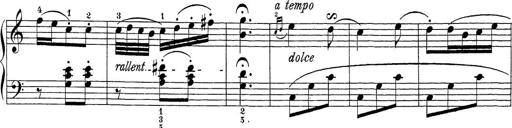
Title: Sonatina Album
Composer: Louis KÃ¶hler